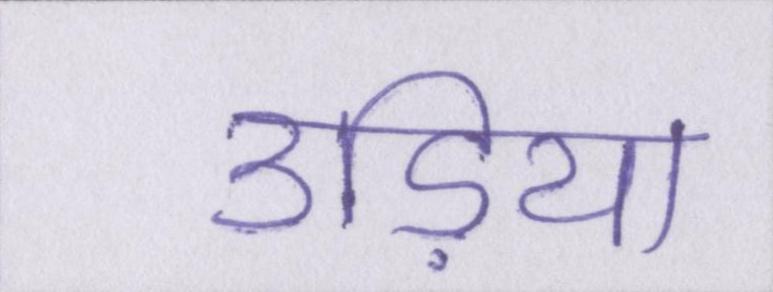
उड़िया